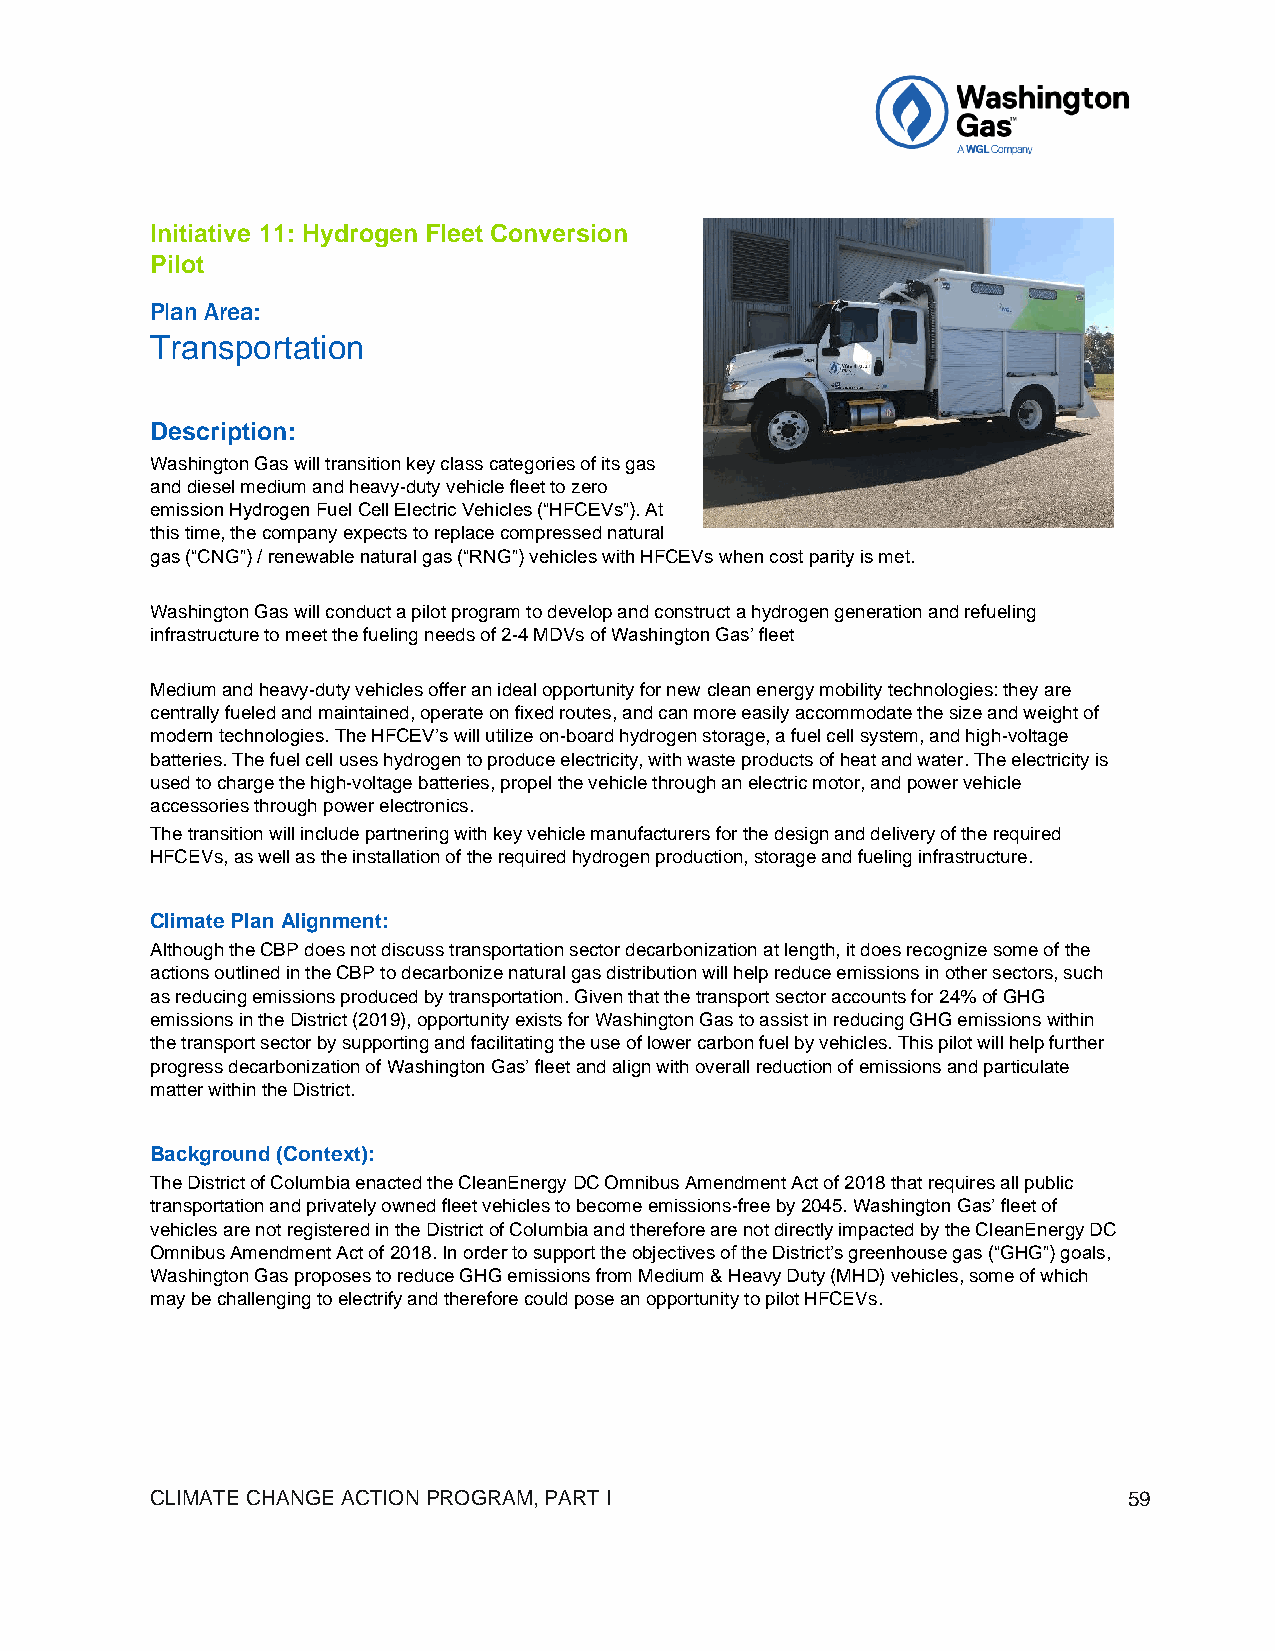
Initiative 11: Hydrogen Fleet Conversion
 Pilot
 Plan Area:
 Transportation
 Description:
 Washington Gas will transition key class categories of its gas
 and diesel medium and heavy-duty vehicle fleet to zero
 emission Hydrogen Fuel Cell Electric Vehicles (“HFCEVs”). At
 this time, the company expects to replace compressed natural
 gas (“CNG”) / renewable natural gas (“RNG”) vehicles with HFCEVs when cost parity is met.
 Washington Gas will conduct a pilot program to develop and construct a hydrogen generation and refueling
 infrastructure to meet the fueling needs of 2-4 MDVs of Washington Gas’ fleet
 Medium and heavy-duty vehicles offer an ideal opportunity for new clean energy mobility technologies: they are
 centrally fueled and maintained, operate on fixed routes, and can more easily accommodate the size and weight of
 modern technologies. The HFCEV’s will utilize on-board hydrogen storage, a fuel cell system, and high-voltage
 batteries. The fuel cell uses hydrogen to produce electricity, with waste products of heat and water. The electricity is
 used to charge the high-voltage batteries, propel the vehicle through an electric motor, and power vehicle
 accessories through power electronics.
 The transition will include partnering with key vehicle manufacturers for the design and delivery of the required
 HFCEVs, as well as the installation of the required hydrogen production, storage and fueling infrastructure.
 Climate Plan Alignment:
 Although the CBP does not discuss transportation sector decarbonization at length, it does recognize some of the
 actions outlined in the CBP to decarbonize natural gas distribution will help reduce emissions in other sectors, such
 as reducing emissions produced by transportation. Given that the transport sector accounts for 24% of GHG
 emissions in the District (2019), opportunity exists for Washington Gas to assist in reducing GHG emissions within
 the transport sector by supporting and facilitating the use of lower carbon fuel by vehicles. This pilot will help further
 progress decarbonization of Washington Gas’ fleet and align with overall reduction of emissions and particulate
 matter within the District.
 Background (Context):
 The District of Columbia enacted the CleanEnergy DC Omnibus Amendment Act of 2018 that requires all public
 transportation and privately owned fleet vehicles to become emissions-free by 2045. Washington Gas’ fleet of
 vehicles are not registered in the District of Columbia and therefore are not directly impacted by the CleanEnergy DC
 Omnibus Amendment Act of 2018. In order to support the objectives of the District’s greenhouse gas (“GHG”) goals,
 Washington Gas proposes to reduce GHG emissions from Medium & Heavy Duty (MHD) vehicles, some of which
 may be challenging to electrify and therefore could pose an opportunity to pilot HFCEVs.
 CLIMATE CHANGE ACTION PROGRAM, PART I                            59